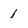
Character: 1